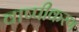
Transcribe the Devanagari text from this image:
वाष्‍पीकरण